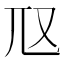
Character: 𡯅